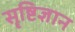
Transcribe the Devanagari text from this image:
सॄष्टिज्ञान